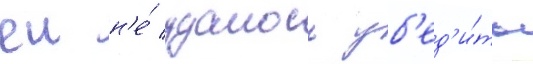
еи н'е́ удалось уб'ед'и́ть